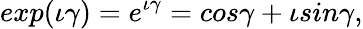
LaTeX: exp(\iota\gamma)=e^{\iota\gamma}=cos\gamma+\iota sin\gamma,